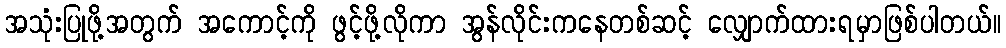
အသုံးပြုဖို့အတွက် အကောင့်ကို ဖွင့်ဖို့လိုကာ အွန်လိုင်းကနေတစ်ဆင့် လျှောက်ထားရမှာဖြစ်ပါတယ်။